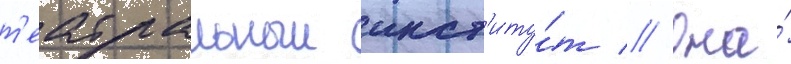
т'еатральныи инст'иту́т // Она́